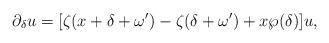
LaTeX: \begin{align*}\partial_\delta u=[\zeta(x+\delta+\omega')-\zeta(\delta+\omega')+x\wp(\delta)]u,\end{align*}